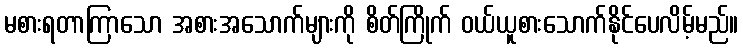
မစားရတာကြာသော အစားအသောက်များကို စိတ်ကြိုက် ဝယ်ယူစားသောက်နိုင်ပေလိမ့်မည်။